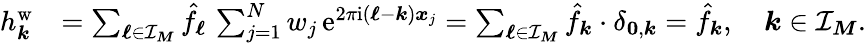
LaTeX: \begin{array}{rl}{h_{\boldsymbol k}^{\mathrm{w}}}&{=\sum_{\boldsymbol\ell\in\mathcal I_{\boldsymbol M}}\hat{f}_{\boldsymbol\ell}\, \sum_{j=1}^{N}w_{j}\, \mathrm e^{2\pi\mathrm i(\boldsymbol\ell-\boldsymbol k)\boldsymbol x_{j}}=\sum_{\boldsymbol\ell\in\mathcal I_{\boldsymbol M}}\hat{f}_{\boldsymbol k}\cdot\delta_{\boldsymbol 0,\boldsymbol k}=\hat{f}_{\boldsymbol k},\quad\boldsymbol k\in\mathcal I_{\boldsymbol M}.}\end{array}